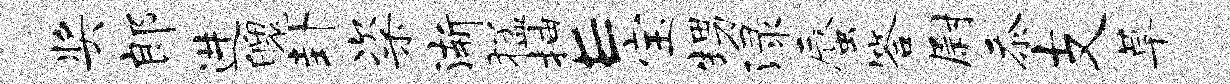
奖郎进魄卦粢渐猛抽E宝甥渌蜃答尉忝支草